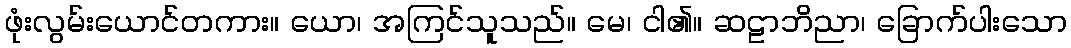
ဖုံးလွမ်းယောင်တကား။ ယော၊ အကြင်သူသည်။ မေ၊ ငါ၏။ ဆဠာဘိညာ၊ ခြောက်ပါးသော